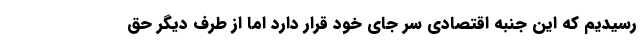
رسیدیم که این جنبه اقتصادی سر جای خود قرار دارد اما از طرف دیگر حق